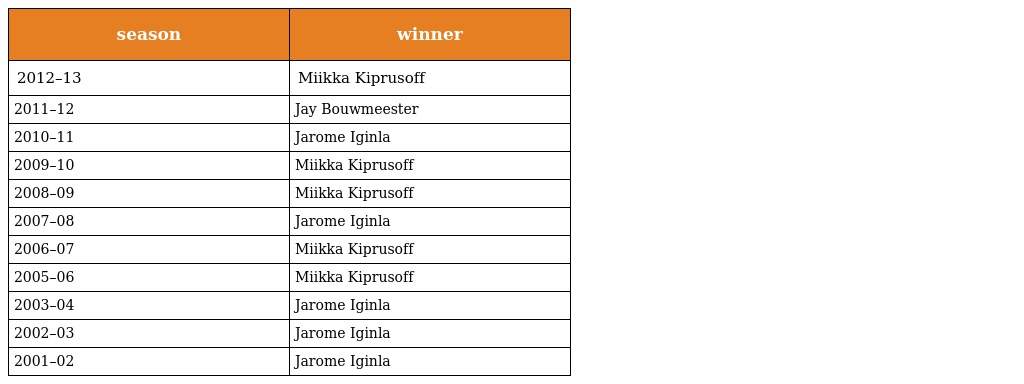
| season | winner |
 | --- | --- |
 | 2012–13 | Miikka Kiprusoff |
 | 2011–12 | Jay Bouwmeester |
 | 2010–11 | Jarome Iginla |
 | 2009–10 | Miikka Kiprusoff |
 | 2008–09 | Miikka Kiprusoff |
 | 2007–08 | Jarome Iginla |
 | 2006–07 | Miikka Kiprusoff |
 | 2005–06 | Miikka Kiprusoff |
 | 2003–04 | Jarome Iginla |
 | 2002–03 | Jarome Iginla |
 | 2001–02 | Jarome Iginla |